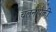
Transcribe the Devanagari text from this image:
चलनांपैकी